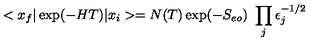
< x _ { f } \vert \exp ( - H T ) \vert x _ { i } > = N ( T ) \exp ( - S _ { e o } ) \ \prod _ { j } \epsilon _ { j } ^ { - 1 / 2 }